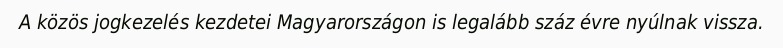
A közös jogkezelés kezdetei Magyarországon is legalább száz évre nyúlnak vissza.